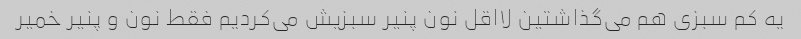
یه کم سبزی هم می‌گذاشتین لااقل نون پنیر سبزیش می‌کردیم فقط نون و پنیر خمیر